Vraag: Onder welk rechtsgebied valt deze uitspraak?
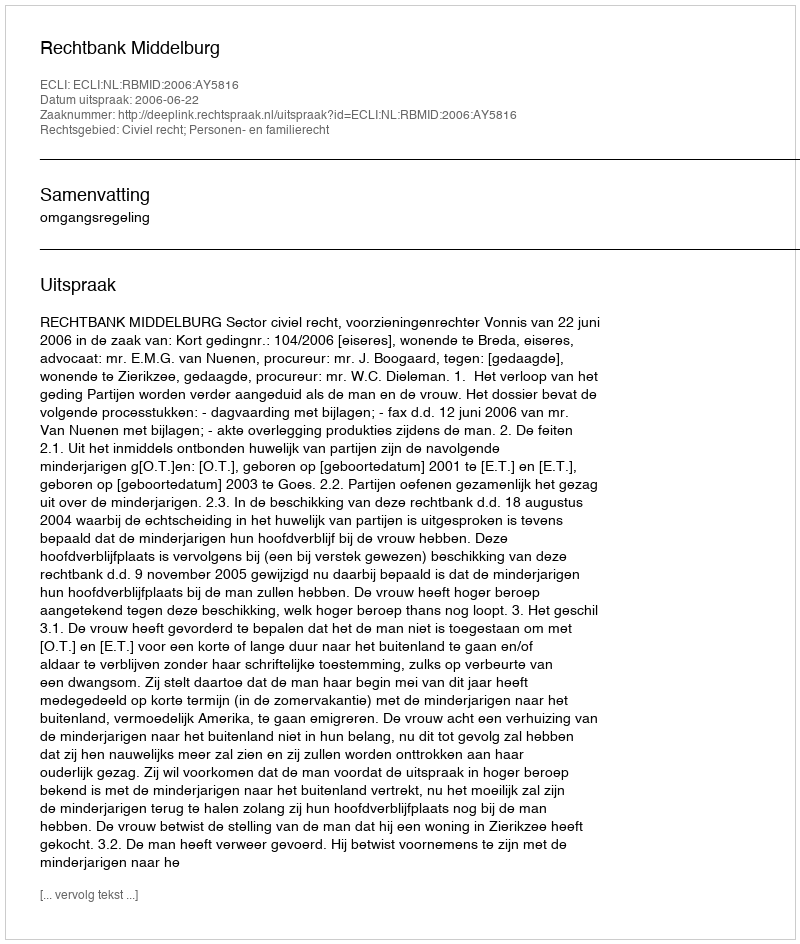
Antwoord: Civiel recht; Personen- en familierecht